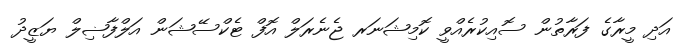
އަދި މީރާގެ ފަރާތުން ސޮއިކުރެއްވީ ކޮމިޝަނަރ ޖެނެރަލް އޮފް ޓެކްސޭޝަން އަލްފާޟިލް ޔަޒީދު